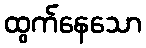
ထွက်နေသော